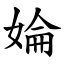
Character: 婨